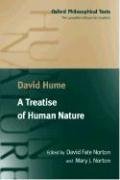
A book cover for A Treatise of Human Nature (Oxford Philosophical Texts); David Hume; Politics & Social Sciences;